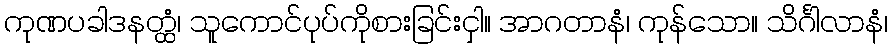
ကုဏပခါဒနတ္ထံ၊ သူကောင်ပုပ်ကိုစားခြင်းငှါ။ အာဂတာနံ၊ ကုန်သော။ သိင်္ဂါလာနံ၊